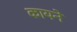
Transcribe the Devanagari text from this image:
कायने